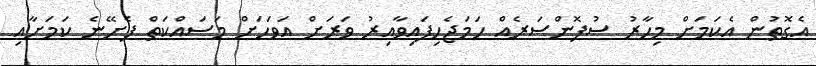
އެގޮތުން އެކަމަށް މިހާރު ސުޕޮންސަރެއް ހަމަޖެހިފައިވާއިރު ވަރަށް އަވަހަށް މަސައްކަތް ފެށޭނެ ކަމަށާއި